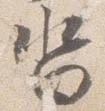
沓